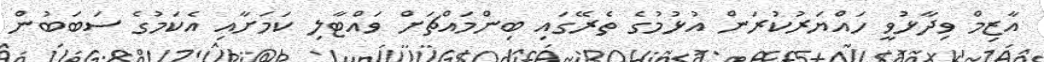
އާޒިމް ވިދާޅުވީ ހައްޔަރުކުރަން އުޅުމުގެ ތެރޭގައި ބިންމައްޗަށް ވައްޓާލި ކަމަށާއި އެކަމުގެ ސަބަބުން